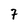
Character: 7